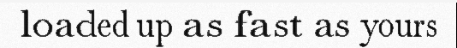
loaded up as fast as yours